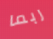
ربما